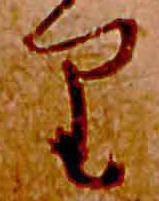
り